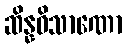
ဆိန္နဝိသာဏော